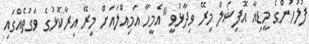
ފުލުހުންގެ މީޑިއާ އޮފިޝަލް މިރޭ ވިދާޅުވީ "އެމީހާ އަމިއްލައަށް މިރޭ އިރާކޮޅުގެ ވަގުތެއްގައި